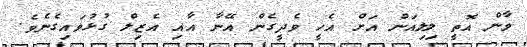
ވާން އޮތީ ލިލިއަން އަށް އެހީ ވެދީގެން އޭނާ އާއި އެޒިލް ގުޅުވައިގެނެވެ.